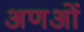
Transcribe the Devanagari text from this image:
अणओं